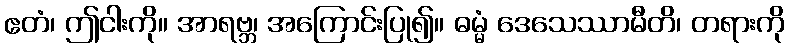
ဧတံ၊ ဤငါးကို။ အာရဗ္ဘ၊ အကြောင်းပြု၍။ ဓမ္မံ ဒေသေဿာမီတိ၊ တရားကို